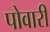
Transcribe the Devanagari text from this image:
पोवारी